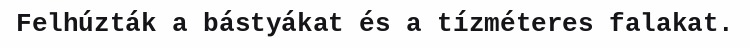
Felhúzták a bástyákat és a tízméteres falakat.